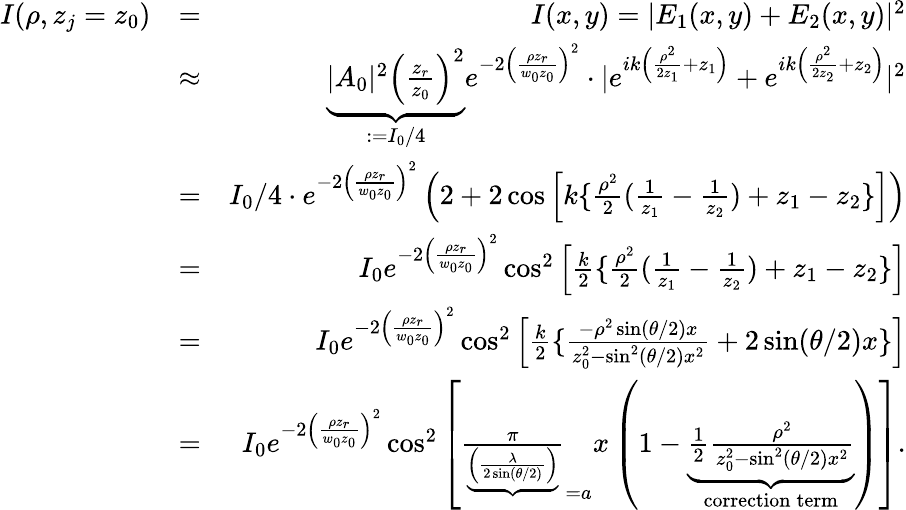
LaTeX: \begin{array}{rlr}{I(\rho,z_{j}=z_{0})}&{=}&{I(x,y)=|E_{1}(x,y)+E_{2}(x,y)|^{2}}\\ &{\approx}&{\underbrace{|A_{0}|^{2}\left(\frac{z_{r}}{z_{0}}\right)^{2}}_{:=I_{0}/4}e^{-2\left(\frac{\rho z_{r}}{w_{0}z_{0}}\right)^{2}}\cdot|e^{ik\left(\frac{\rho^{2}}{2z_{1}}+z_{1}\right)}+e^{ik\left(\frac{\rho^{2}}{2z_{2}}+z_{2}\right)}|^{2}}\\ &{=}&{I_{0}/4\cdot e^{-2\left(\frac{\rho z_{r}}{w_{0}z_{0}}\right)^{2}}\left(2+2\cos\left[k\{ \frac{\rho^{2}}{2}(\frac{1}{z_{1}}-\frac{1}{z_{2}})+z_{1}-z_{2}\} \right]\right)}\\ &{=}&{I_{0}e^{-2\left(\frac{\rho z_{r}}{w_{0}z_{0}}\right)^{2}}\cos^{2}\left[\frac{k}{2}\{ \frac{\rho^{2}}{2}(\frac{1}{z_{1}}-\frac{1}{z_{2}})+z_{1}-z_{2}\} \right]}\\ &{=}&{I_{0}e^{-2\left(\frac{\rho z_{r}}{w_{0}z_{0}}\right)^{2}}\cos^{2}\left[\frac{k}{2}\{ \frac{-\rho^{2}\sin(\theta/2)x}{z_{0}^{2}-\sin^{2}(\theta/2)x^{2}}+2\sin(\theta/2)x\} \right]}\\ &{=}&{I_{0}e^{-2\left(\frac{\rho z_{r}}{w_{0}z_{0}}\right)^{2}}\cos^{2}\left[\frac{\pi}{\underbrace{\left(\frac{\lambda}{2\sin(\theta/2)}\right)}}_{=a}x\left(1-\underbrace{\frac{1}{2}\frac{\rho^{2}}{z_{0}^{2}-\sin^{2}(\theta/2)x^{2}}}_{\mathrm{correction\: term}}\right)\right].}\end{array}